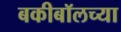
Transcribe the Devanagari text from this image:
बकीबॉलच्या